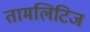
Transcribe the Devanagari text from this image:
तामलिटिज